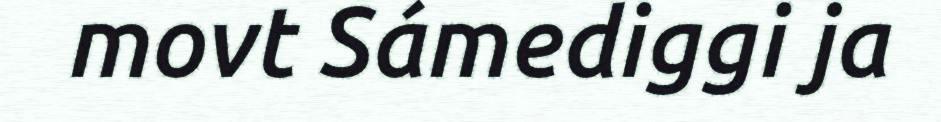
movt Sámediggi ja